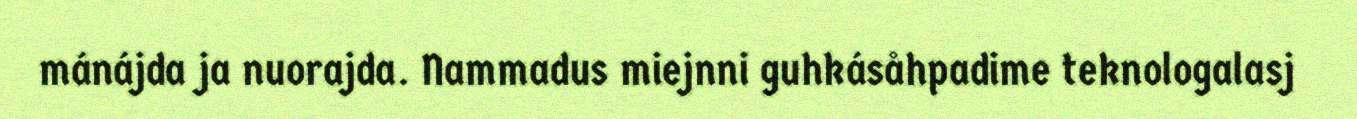
mánájda ja nuorajda. Nammadus miejnni guhkásåhpadime teknologalasj